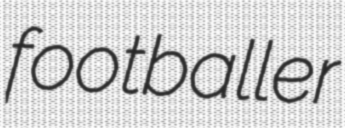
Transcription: footballer